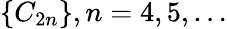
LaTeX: \{ C_{2n}\} ,n=4,5,\dots